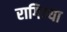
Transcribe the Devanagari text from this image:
रागिण्या